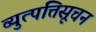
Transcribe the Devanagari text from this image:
व्युत्पत्तिसूचन